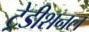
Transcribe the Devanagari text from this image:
ट्रेडीशनल